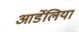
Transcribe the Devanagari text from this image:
आर्डेलिया